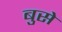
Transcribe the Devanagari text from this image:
बुसे